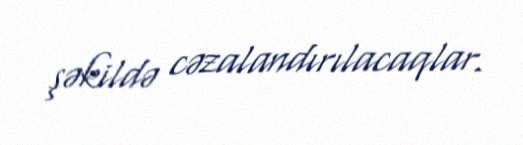
şəkildə cəzalandırılacaqlar.